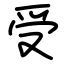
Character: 受